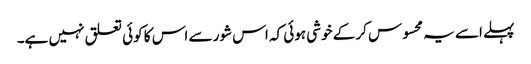
پہلے اسے یہ محسوس کر کے خوشی ہوئی کہ اس شور سے اس کا کوئی تعلق نہیں ہے۔